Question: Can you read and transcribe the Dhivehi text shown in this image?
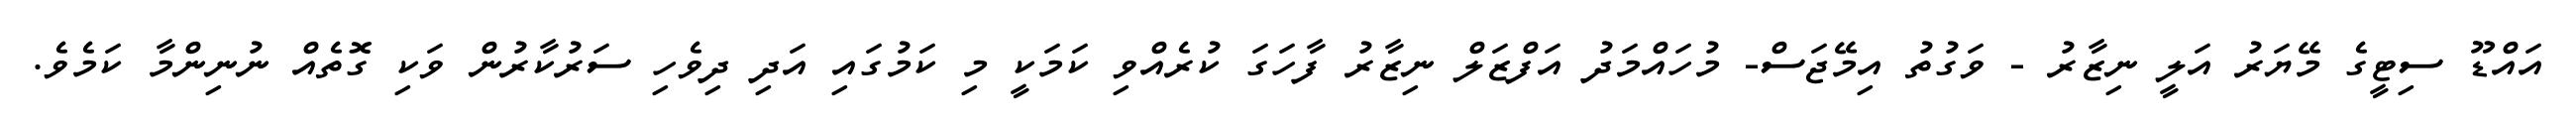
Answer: އައްޑޫ ސިޓީގެ މޭޔަރު އަލީ ނިޒާރު - ވަގުތު އިމޭޖަސް- މުހައްމަދު އަފްޒަލް ނިޒާރު ފާހަގަ ކުރެއްވި ކަމަކީ މި ކަމުގައި އަދި ދިވެހި ސަރުކާރުން ވަކި ގޮތެއް ނުނިންމާ ކަމެވެ.